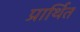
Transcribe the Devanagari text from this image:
प्रार्थित